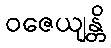
ဝဇေယျန္တိ